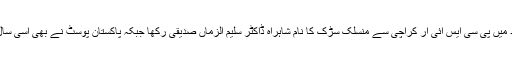
حکومت پاکستان نے 14اپریل 1999ء کو ڈاکٹر صدیقی کی یاد میں پی سی ایس آئی آر کراچی سے منسلک سڑک کا نام شاہراہ ڈاکٹر سلیم الزماں صدیقی رکھا جبکہ پاکستان پوسٹ نے بھی اسی سال ڈاکٹر صدیقی کی یاد میں خصوصی پوسٹ ٹکٹس کا اجراء کیا۔